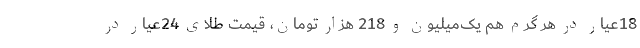
18عیار در هر گرم هم یک‌میلیون و 218 هزار تومان، قیمت طلای 24عیار در